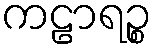
ကဠာရဉ္စ